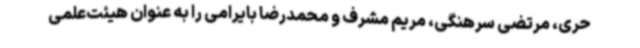
حری، مرتضی سرهنگی، مریم مشرف و محمدرضا بایرامی را به عنوان هیئت‌علمی